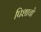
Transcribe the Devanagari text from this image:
पिशाचो